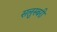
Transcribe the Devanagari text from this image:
सलुस्बरी